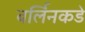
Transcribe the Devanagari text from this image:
बर्लिनकडे